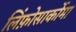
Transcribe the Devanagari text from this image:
लिंफ़ोसार्कोमा